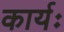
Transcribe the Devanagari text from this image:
कार्यः